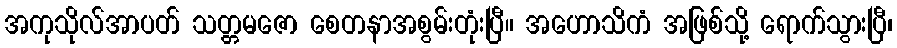
အကုသိုလ်အာပတ် သတ္တမဇော စေတနာအစွမ်းတုံးပြီ။ အဟောသိကံ အဖြစ်သို့ ရောက်သွားပြီ၊